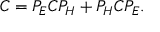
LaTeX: C = P _ { \cal E } C P _ { \cal H } + P _ { \cal H } C P _ { \cal E } .